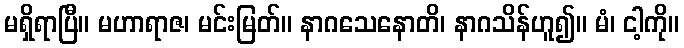
မရှိရာပြီ။ မဟာရာဇ၊ မင်းမြတ်။ နာဂသေနောတိ၊ နာဂသိန်ဟူ၍။ မံ၊ ငါ့ကို။